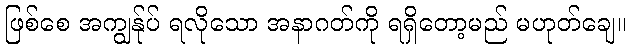
ဖြစ်စေ အကျွန်ုပ် ရလိုသော အနာဂတ်ကို ရရှိတော့မည် မဟုတ်ချေ။